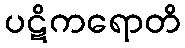
ပဋိကရောတိ